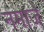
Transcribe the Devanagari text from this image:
नमाजे़